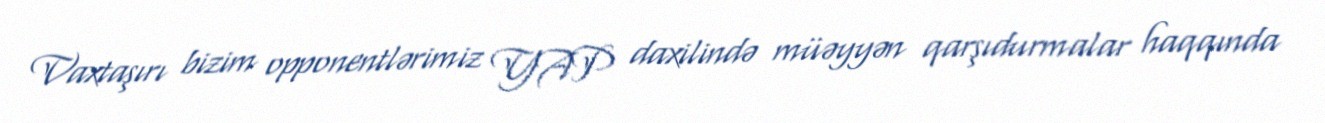
Vaxtaşırı bizim opponentlərimiz YAP daxilində müəyyən qarşıdurmalar haqqında